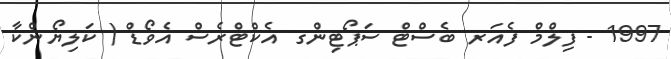
1997 - ފިލްމް ފެއަރ ބެސްޓް ސަޕޯޓިންގ އެކްޓްރެސް އެވޯޑް ( ކަލިޔޯންކާ